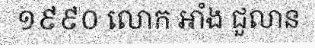
១៩៩០ លោក អាំង ជួលាន